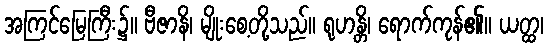
အကြင်မြေကြီး၌။ ဗီဇာနိ၊ မျိုးစေ့တို့သည်။ ရုဟန္တိ၊ ရောက်ကုန်၏။ ယတ္ထ၊